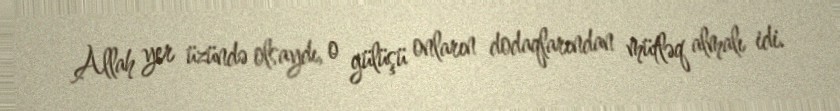
Allah yer üzündə olsaydı, o gülüşü onların dodaqlarından mütləq almalı idi.